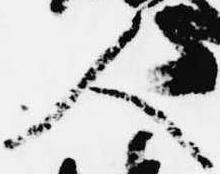
人